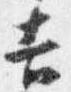
吉